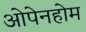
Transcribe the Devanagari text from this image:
ओपेनहोम